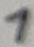
Text: 1